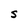
Character: s